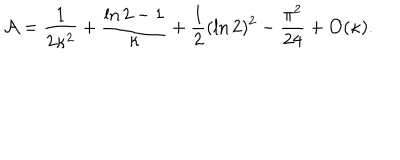
LaTeX: { \cal A } = { \frac { 1 } { 2 \kappa ^ { 2 } } } + { \frac { \ln 2 - 1 } { \kappa } } + { \frac { 1 } { 2 } } ( \ln 2 ) ^ { 2 } - { \frac { \pi ^ { 2 } } { 2 4 } } + { \cal O } ( \kappa ) .